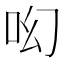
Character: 𠯻